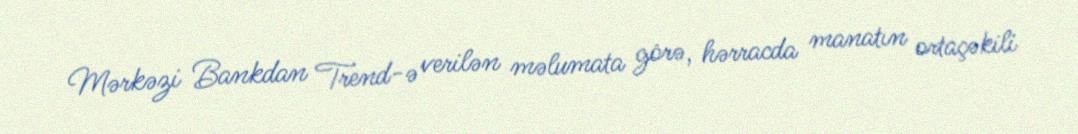
Mərkəzi Bankdan Trend-ə verilən məlumata görə, hərracda manatın ortaçəkili